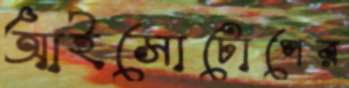
আইসোটোপের